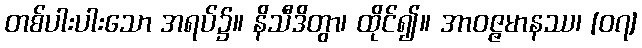
တစ်ပါးပါးသော အရပ်၌။ နိသီဒိတွာ၊ ထိုင်၍။ အာဝဇ္ဇမာနဿ၊ [၀၇]